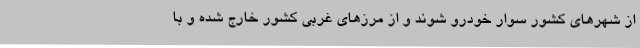
از شهرهای کشور سوار خودرو شوند و از مرزهای غربی کشور خارج شده و با